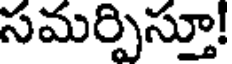
సమర్పిస్తూ!